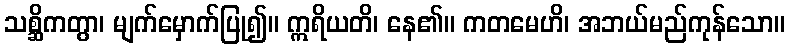
သစ္ဆိကတွာ၊ မျက်မှောက်ပြု၍။ ဣရိယတိ၊ နေ၏။ ကတမေဟိ၊ အဘယ်မည်ကုန်သော။